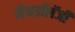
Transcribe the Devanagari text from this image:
मैथडॉलॅजी